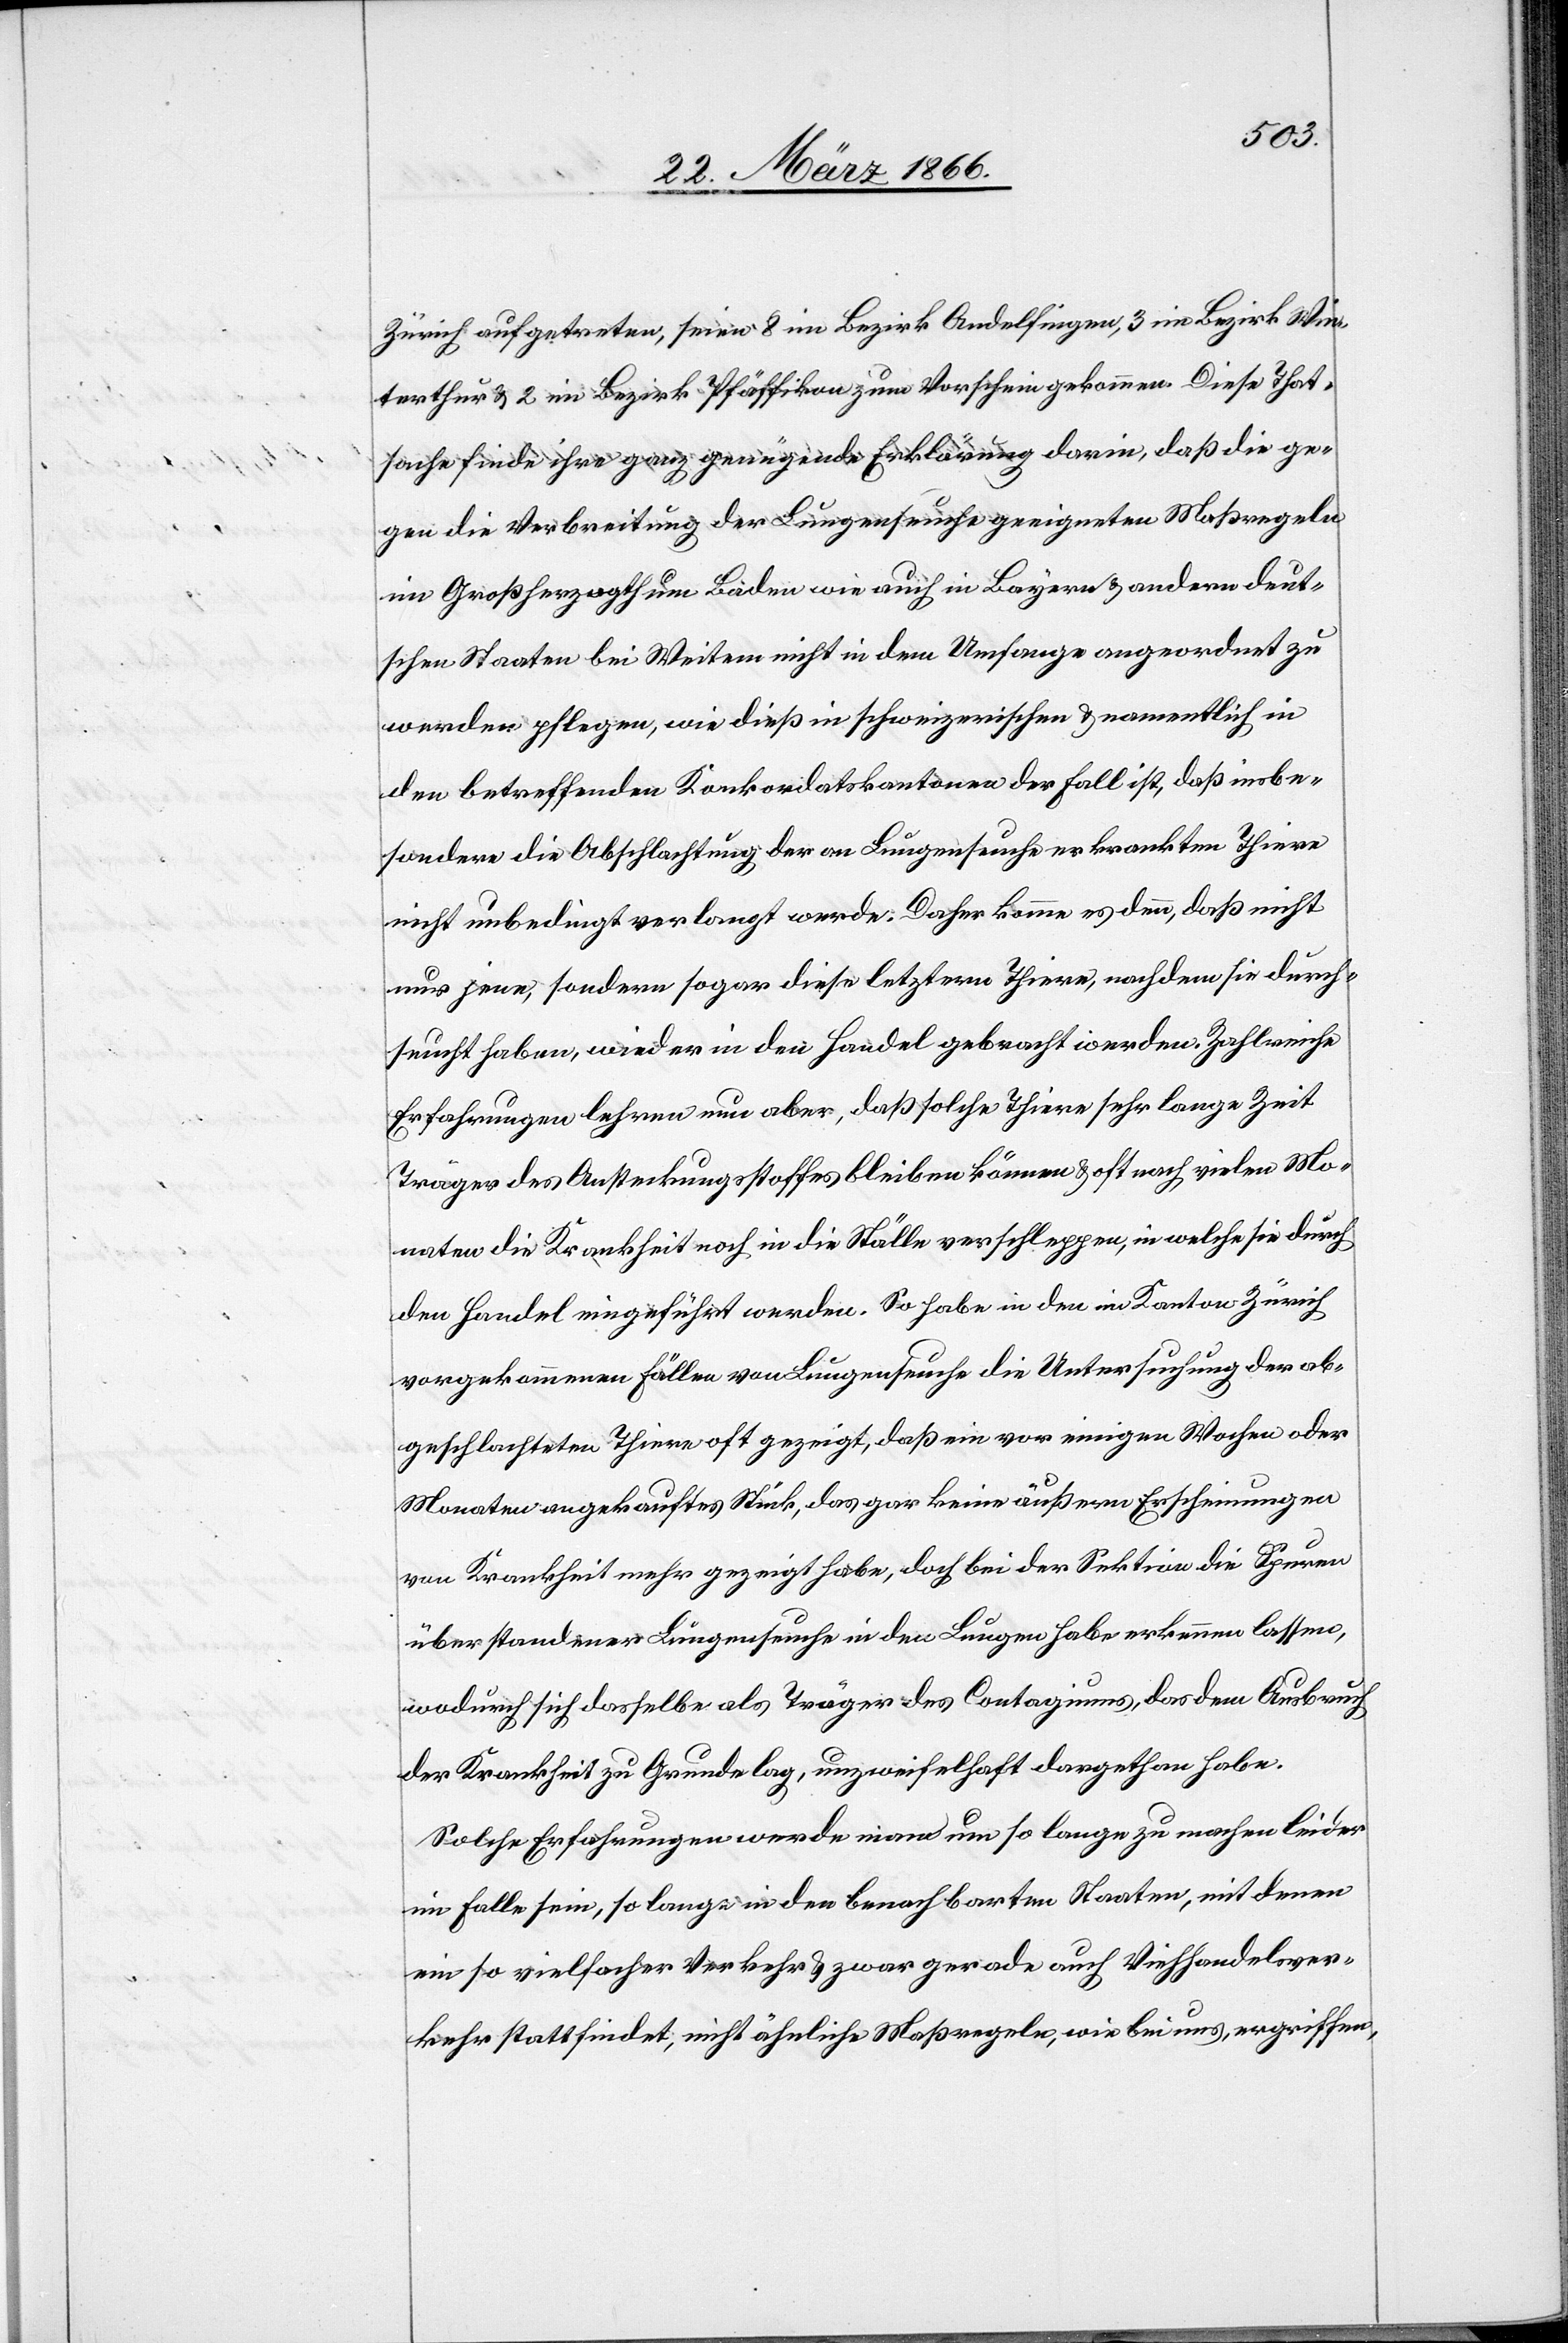
Zürich aufgetreten, seien 8 im Bezirk Andelfingen, 3 im Bezirk Win¬
terthur u. 2 im Bezirk Pfäffikon zum Vorschein gekommen. Diese That¬
sache finde ihre ganz genügende Erklärung darin, daß die ge¬
gen die Verbreitung der Lungenseuche geeigneten Maßregeln
im Großherzogthum Baden wie auch in Bayern u. andern deut¬
schen Staaten bei Weitem nicht in dem Umfange angeordnet zu
werden pflegen, wie dieß in schweizerischen u. namentlich in
den betreffenden Konkordatskantonen der Fall ist, daß insbe¬
sondere die Abschlachtung der an Lungenseuche erkrankten Thiere
nicht unbedingt verlangt werde. Daher komme es denn, daß nicht
nur jene, sondern sogar diese letztern Thiere, nachdem sie durch¬
seucht haben, wieder in den Handel gebracht werden. Zahlreiche
Erfahrungen lehren nun aber, daß solche Thiere sehr lange Zeit
Träger des Ansteckungsstoffes bleiben können u. oft nach vielen Mo¬
naten die Krankheit noch in die Ställe verschleppen, in welche sie durch
den Handel eingeführt werden. So habe in den im Kanton Zürich
vorgekommenen Fällen von Lungenseuche die Untersuchung der ab¬
geschlachteten Thiere oft gezeigt, daß ein vor einigen Wochen oder
Monaten angekauftes Stück, das gar keine äußeren Erscheinungen
von Krankheit mehr gezeigt habe, doch bei der Sektion die Spuren
überstandener Lungenseuche in den Lungen habe erkennen lassen,
wodurch sich dasselbe als Träger des Contagiums, das dem Ausbruch
der Krankheit zu Grunde lag, unzweifelhaft dargethan habe.
Solche Erfahrungen werde man nun so lange zu machen leider
im Falle sein, so lange in den benachbarten Staaten, mit denen
ein so vielfacher Verkehr u. zwar gerade auch Viehhandelsver¬
kehr stattfindet, nicht ähnliche Maßregeln, wie bei uns, ergriffen